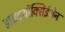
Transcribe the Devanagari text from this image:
डाइइथॉक्सिईथेन